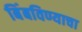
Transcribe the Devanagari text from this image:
बिंबविण्याचा